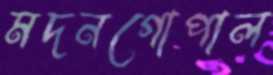
মদনগোপাল